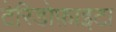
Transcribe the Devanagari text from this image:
टेरिडोफ़ाइटा